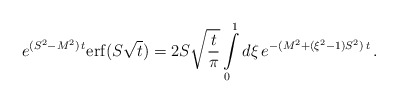
\begin{align*}e^{(S^2-M^2)\,t} {\rm erf} (S\sqrt t )=2S \sqrt{\frac t\pi}\int\limits_0^1 d\xi\, e^{-(M^2+(\xi^2-1)S^2)\,t} \,.\end{align*}